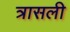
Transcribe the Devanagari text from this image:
त्रासली